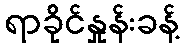
ရာခိုင်နှုန်းခန့်